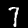
Digit: 7